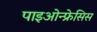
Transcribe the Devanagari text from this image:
पाइओन्फ्रेसिस